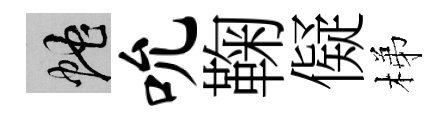
蛇吮鞠儗梯